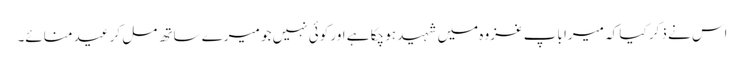
اس نے ذکر کیا کہ میرا باپ غزوہ میں شہید ہو چکا ہے اور کوئی نہیں جو میرے ساتھ مل کر عید منائے۔